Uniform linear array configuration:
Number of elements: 24
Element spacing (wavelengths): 1
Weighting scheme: blackman
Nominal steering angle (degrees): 15
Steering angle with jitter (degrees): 14.546
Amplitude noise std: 0.05
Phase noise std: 0.05

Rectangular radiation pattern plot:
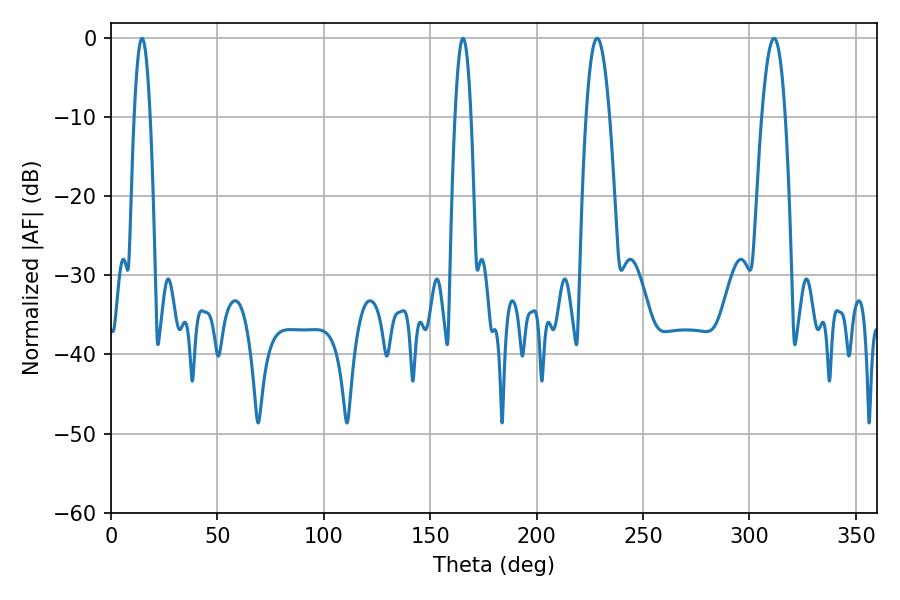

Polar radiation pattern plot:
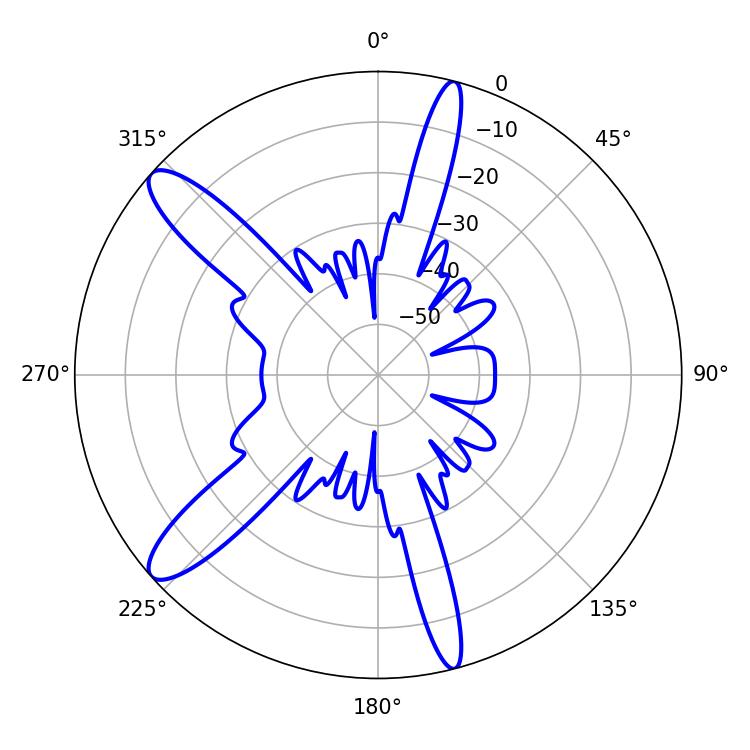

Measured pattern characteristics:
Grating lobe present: TRUE
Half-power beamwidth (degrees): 3.96
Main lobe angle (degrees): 14.58